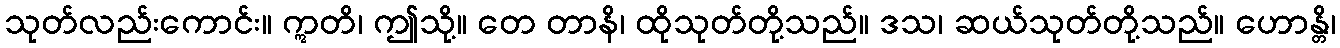
သုတ်လည်းကောင်း။ ဣတိ၊ ဤသို့။ တေ တာနိ၊ ထိုသုတ်တို့သည်။ ဒသ၊ ဆယ်သုတ်တို့သည်။ ဟောန္တိ၊